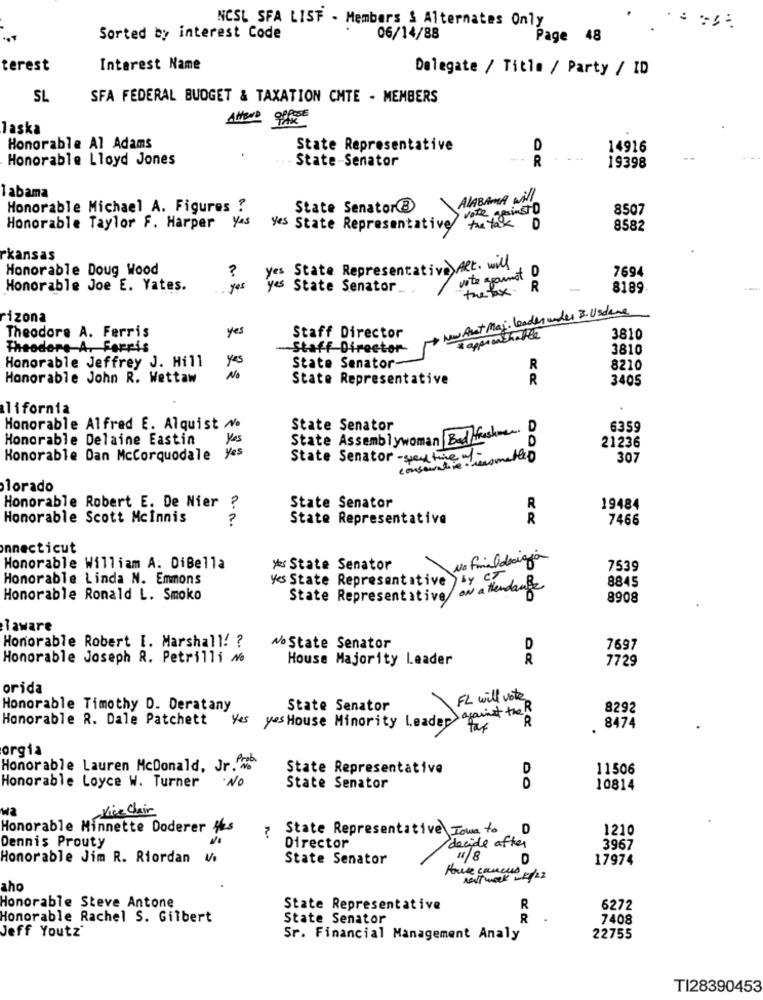
NCSL SFA LIST - Members & Alternates Only
Sorted by interest Code
06/14/88
Page 48
terest
Interest Name
Delegate / Title / Party / ID
SL
SFA FEDERAL BUDGET & TAXATION CHTE - MEMBERS
Attore office
laska
Honorable Al Adams
State Representative
D
14916
Honorable Lloyd Jones
State-Senator
R
19398
abama
ALABAMA Will
Honorable Michael A. Figures ?
State Senator B
vote againstD
8507
iver
Honorable Taylor F. Harper yes
yes State Representat
the tak D
8582
kansas
Honorable Doug Wood
yes State Representative Alt. will
vite agarment 0
7694
?
Honorable Joe E. Yates.
yes
yes State Senator.
thebox R
8189
rizona
New Art Maj. Loader wider B. Usdane
Theodore A. Ferris
yes
approachable
Staff Director
3810
Theodore A. Ferris
Staff Director
3810
Honorable Jeffrey J. Hill
yes
No
State Senator-
R
8210
Honorable John R. Wettaw
State Representative
R
3405
lifornia
Honorable Alfred E. Alquist No
State Senator
6359
Honorable Delaine Eastin
Yes
State Assemblywoman Bad freshmen
21236
Honorable Dan Mccorquodale y
State Senator - sed time of-
consentire- ressmelled
307
lorado
Honorable Robert E. De Nier
State Senator
R
19484
Honorable Scott Mcinnis
State Representative
R
7466
nnecticut
No Finaldecision
Honorable William A. DiBella
yes State Senator
7539
Honorable Linda N. Emmons
yes State Representative
ON attendants
8845
Honorable Ronald L. Smoko
State Representative
8908
laware
Honorable Robert I. Marshall! ?
No State Senator
D
7697
Honorable Joseph R. Petrilli No
House Majority Leader
R
7729
orida
FL will vote
Honorable Timothy D. Deratany
State Senator
against the R
8292
Honorable R. Dale Patchett
Yes yes House Minority Leader>
R
8474
orgia
Honorable Lauren McDonald, Jr ..
State Representative
D
11506
NO
D
Honorable Loyce W. Turner
State Senator
10814
Vice Chair
Honorable Minnette Doderer Hes
? State Representative Iowa to
1210
Dennis Prouty
Director
decide after
3967
Honorable Jim R. Riordan V.
State Senator
#8
D
17974
Have cances
Next week wk/ 22
aho
Honorable Steve Antone
State Representative
R
6272
Honorable Rachel S. Gilbert
State Senator
R
7408
Jeff Youtz
Sr. Financial Management Analy
22755
TI28390453